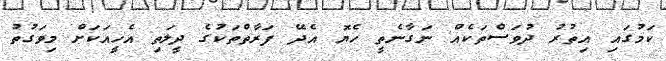
ކަމުގައި އިތުރު ދުވަސްތަކެއް ނަގާނެތީ ހެޔޮ އެދޭ ފަރާތްތަކުގެ ދީލަތި އެހީއަކަށް މިވަގުތު